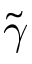
\tilde { \gamma }